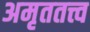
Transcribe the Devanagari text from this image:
अमृततत्त्व